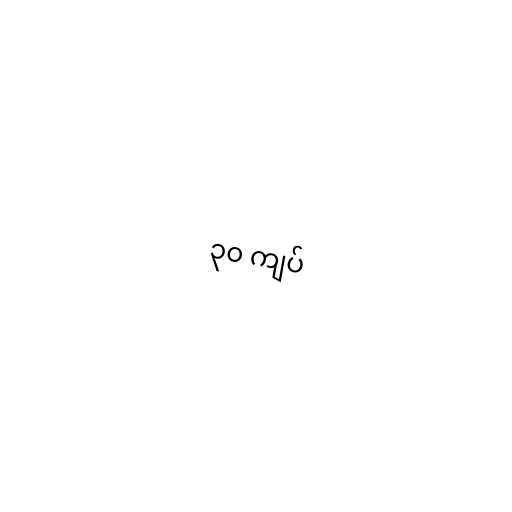
၃၀ ကျပ်